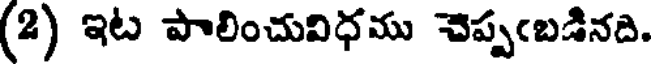
(2) ఇట పాలించువిధము చెప్పఁబడినది.